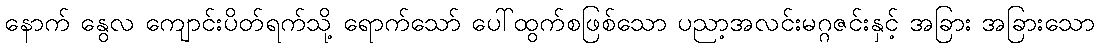
နောက် နွေလ ကျောင်းပိတ်ရက်သို့ ရောက်သော် ပေါ်ထွက်စဖြစ်သော ပညာ့အလင်းမဂ္ဂဇင်းနှင့် အခြား အခြားသော